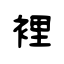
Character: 裡